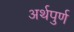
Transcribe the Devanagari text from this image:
अर्थपुर्ण